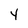
Character: 4